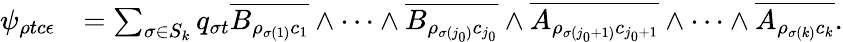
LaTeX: \begin{array}{rl}{\psi_{\rho tc\epsilon}}&{=\sum_{\sigma\in S_{k}}q_{\sigma t}\overline{{B_{\rho_{\sigma(1)}c_{1}}}}\wedge\cdots\wedge\overline{{B_{\rho_{\sigma(j_{0})}c_{j_{0}}}}}\wedge\overline{{A_{\rho_{\sigma(j_{0}+1)}c_{j_{0}+1}}}}\wedge\cdots\wedge\overline{{A_{\rho_{\sigma(k)}c_{k}}}}.}\end{array}